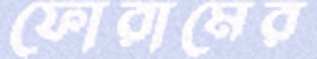
ফোরামের